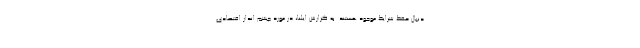
دنبال حفظ شرایط موجود هستند. به گزارش ایلنا، در مورد چشم انداز اقتصادی